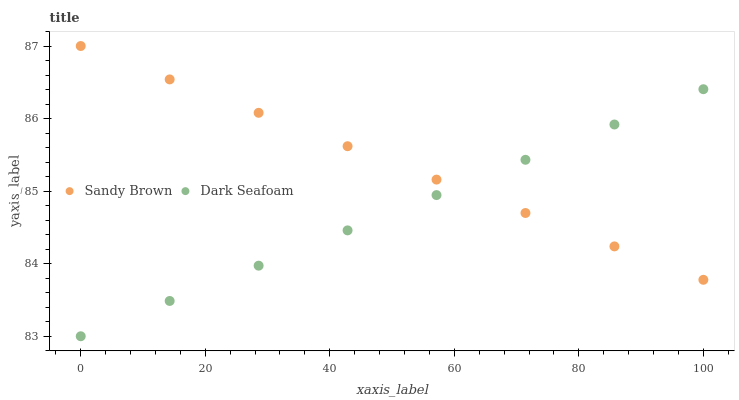
| xaxis_label | Sandy Brown | Dark Seafoam |
 | --- | --- | --- |
 | 0 | 87 | 83 |
 | 14.3 | 86.5 | 83.5 |
 | 28.6 | 86.1 | 84 |
 | 42.9 | 85.6 | 84.5 |
 | 57.1 | 85.2 | 84.9 |
 | 71.4 | 84.7 | 85.4 |
 | 85.7 | 84.2 | 85.9 |
 | 100 | 83.8 | 86.4 |